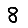
Digit: 8